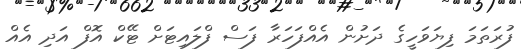
ފުރަތަމަ ފިޔަވަހީގެ ދަށުން އެއްފަހަރާ ފަސް ފްލައިޓަށް ޓޭކް އޮފް އަދި އެއް